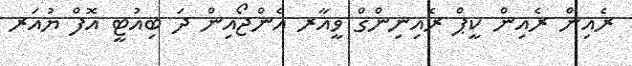
ރެއިން ރެއިން ކީޕް ރެއިނިންގް ވީއާރ އެންޖޯއިން ދަ ބިއުޓީ އޮފް ޔުއަރ